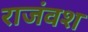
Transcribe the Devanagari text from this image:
राजंवश